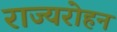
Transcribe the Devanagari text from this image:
राज्यरोहन